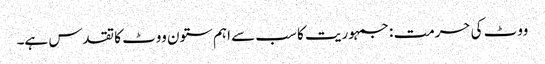
ووٹ کی حرمت : جمہوریت کا سب سے اہم ستون ووٹ کا تقدس ہے۔